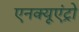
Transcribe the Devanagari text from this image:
एनक्यूएंट्रो